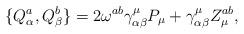
LaTeX: \begin{align*}\{ Q^a_\alpha, Q^b_\beta \} = 2 \omega^{ab} \gamma^\mu_{\alpha\beta} P_\mu + \gamma^\mu_{\alpha\beta} Z^{ab}_\mu, \end{align*}